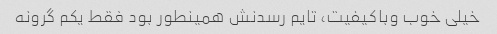
خیلی خوب وباکیفیت، تایم رسدنش همینطور بود فقط یکم گرونه